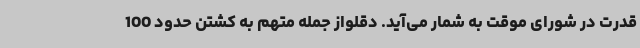
قدرت در شورای موقت به شمار می‌آید. دقلواز جمله متهم به کشتن حدود 100